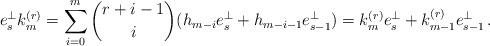
LaTeX: \begin{align*} e_s^\perp k_m^{(r)} = \sum_{i=0}^m \binom{r+i-1}{i}(h_{m-i} e_s^\perp + h_{m-i-1} e_{s-1}^\perp) = k_m^{(r)} e_s^\perp + k_{m-1}^{(r)} e_{s-1}^\perp\,. \end{align*}